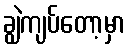
ချွဲကျပ်တော့မှာ